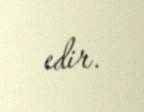
edir.